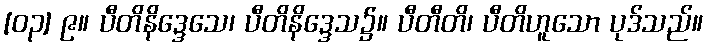
[၀၃] ၉။ ပီတိနိဒ္ဒေသေ၊ ပီတိနိဒ္ဒေသ၌။ ပီတီတိ၊ ပီတိဟူသော ပုဒ်သည်။